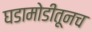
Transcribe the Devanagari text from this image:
घडामोडीतूनच